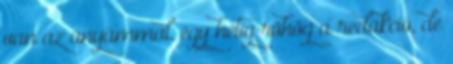
van az anyámmal, egy hétig röhög a redakció, de